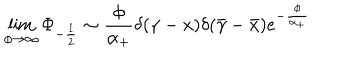
\lim _ { \phi \rightarrow \infty } \Phi _ { - \frac 1 2 } \sim \frac \phi { \alpha _ { + } } \delta ( \gamma - x ) \delta ( \bar { \gamma } - \bar { x } ) e ^ { - \frac { \phi } { \alpha _ { + } } }